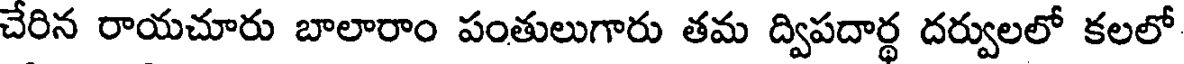
చేరిన రాయచూరు బాలారాం పంతులుగారు తమ ద్విపదార్థ దర్వులలో కలలో